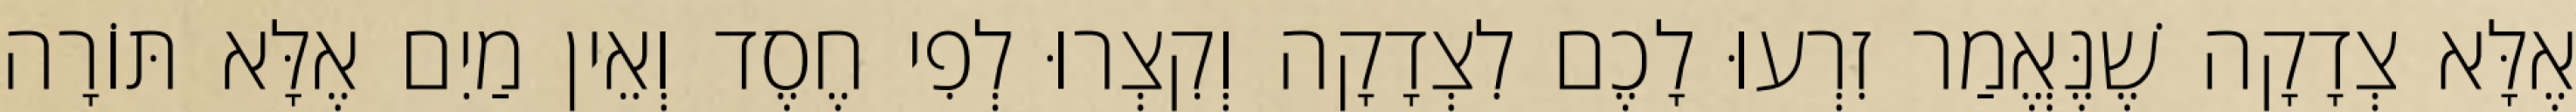
אֶלָּא צְדָקָה שֶׁנֶּאֱמַר זִרְעוּ לָכֶם לִצְדָקָה וְקִצְרוּ לְפִי חֶסֶד וְאֵין מַיִם אֶלָּא תּוֹרָה